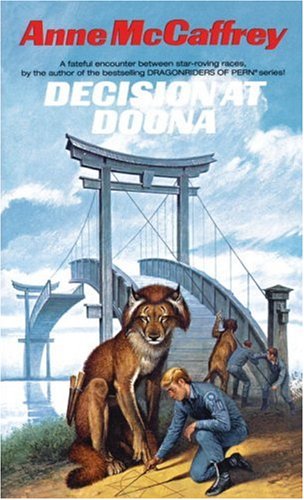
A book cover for Decision at Doona; Anne McCaffrey; Science Fiction & Fantasy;